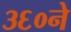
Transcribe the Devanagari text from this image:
३६०ने